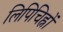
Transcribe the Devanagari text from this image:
लिपिचिह्नों